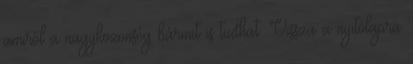
amiről a nagyközönség bármit is tudhat. Vissza a nyitólapra